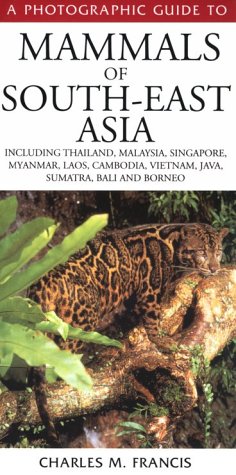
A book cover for A Photographic Guide to Mammals of South-East Asia: Including Thailand, Malaysia, Singapore, Myanmar, Laos, Vietnam, Cambodia, Java, Sumatra, Bali and Borneo; Charles M. Francis; Sports & Outdoors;